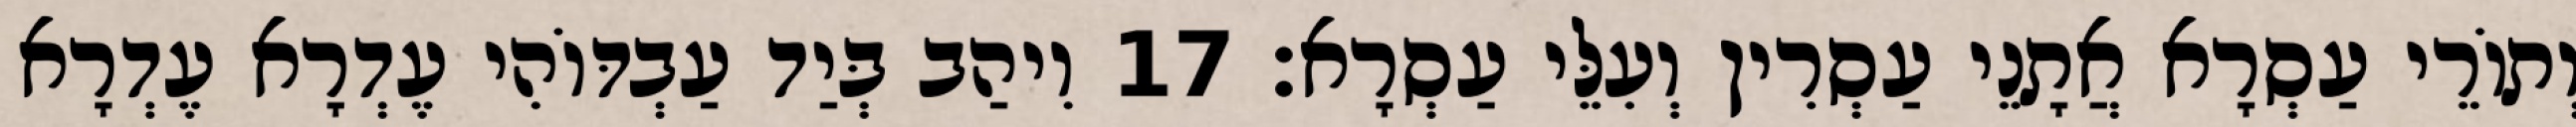
וְתוֹרֵי עַסְרָא אֲתָנֵי עַסְרִין וְעִלֵּי עַסְרָא׃ 17 וִיהַב בְּיַד עַבְדּוֹהִי עֶדְרָא עֶדְרָא